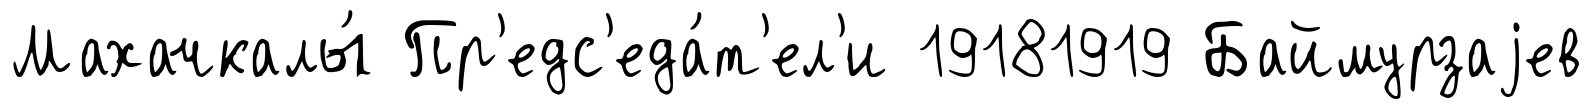
Махачкалы́ Пр'едс'еда́т'ел'и 19181919 Баймурзаjев